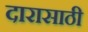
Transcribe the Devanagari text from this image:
दारासाठी